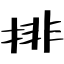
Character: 排